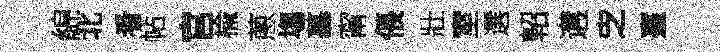
綿北㸔帖官楡蔥塲墓甯倀壯室選軺遘㝎臺